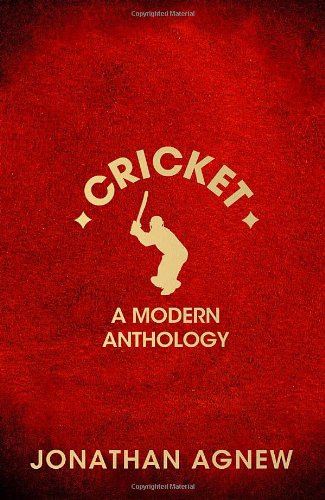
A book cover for Cricket: a Modern Anthology; Jonathan Agnew; Sports & Outdoors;